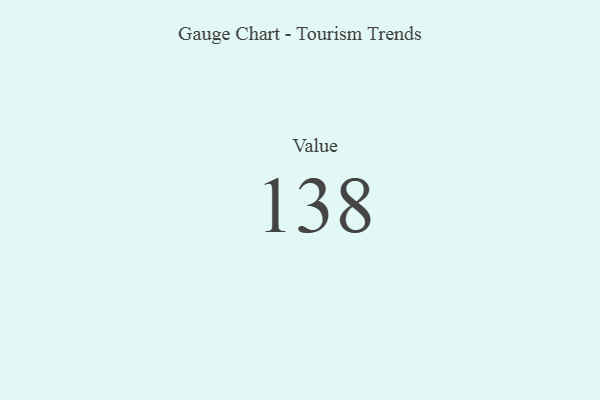
{"axis": {"x": "Metric", "y": "Value"}, "legend": [""], "data": [{"x": "Value", "y": 138, "type": ""}]}